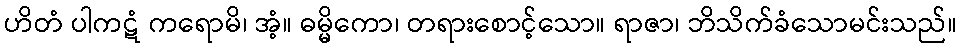
ဟိတံ ပါကဋံ ကရောမိ၊ အံ့။ ဓမ္မိကော၊ တရားစောင့်သော။ ရာဇာ၊ ဘိသိက်ခံသောမင်းသည်။